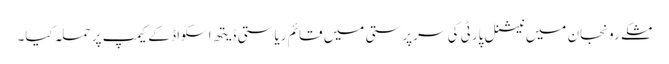
مشکے رونجان میں نیشنل پارٹی کی سرپرستی میں قائم ریاستی ڈیتھ اسکواڈ کے کیمپ پر حملہ کیا۔